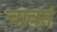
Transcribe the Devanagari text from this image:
चावतं